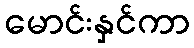
မောင်းနှင်ကာ